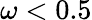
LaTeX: \omega<0.5